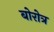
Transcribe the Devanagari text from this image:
बोरोत्र